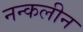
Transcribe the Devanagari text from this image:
नन्कलीन